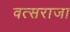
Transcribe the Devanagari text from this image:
वत्सराजा